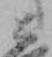
と